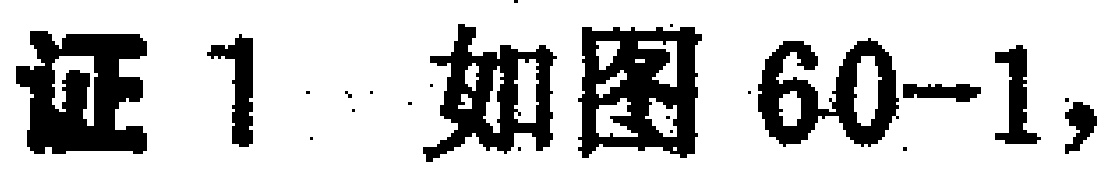
证1 如图60-1,